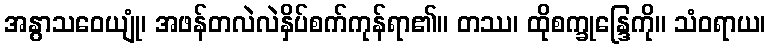
အနွာသဝေယျုံ၊ အဖန်တလဲလဲနှိပ်စက်ကုန်ရာ၏။ တဿ၊ ထိုစက္ခုန္ဒြေကို။ သံဝရာယ၊